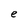
Character: e